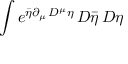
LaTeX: \int e ^ { { \bar { \eta } } \partial _ { \mu } \, D ^ { \mu } \eta } \, D { \bar { \eta } } \, D \eta